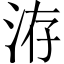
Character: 洊